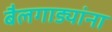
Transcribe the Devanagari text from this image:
बैलगाड्यांना